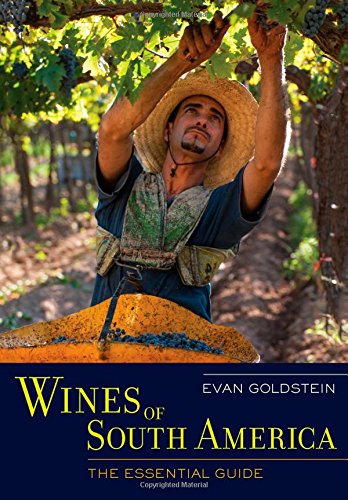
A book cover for Wines of South America: The Essential Guide; Evan Goldstein; History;